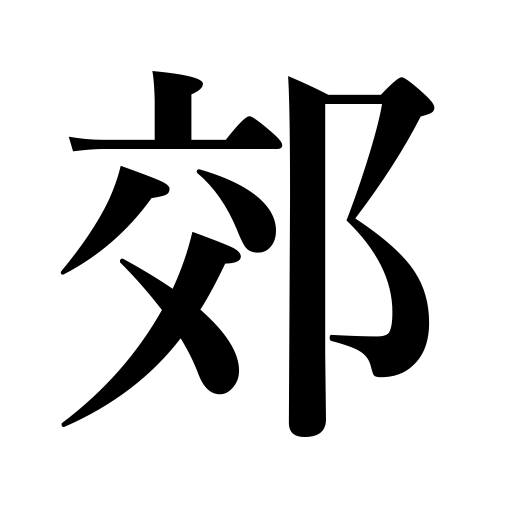
Meanings: rural area,suburbs